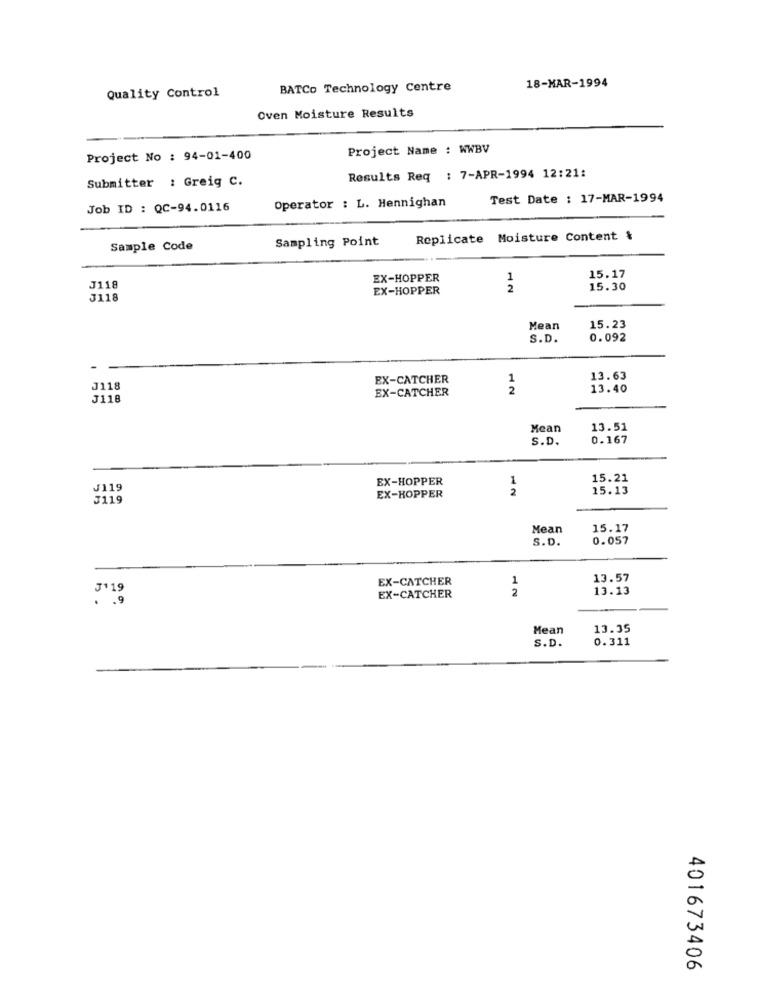
Quality Control
BATCo Technology Centre
18-MAR-1994
Oven Moisture Results
Project Name : WWBV
Project No : 94-01-400
Submitter : Greig C.
Results Req : 7-APR-1994 12:21:
Operator : L. Hennighan
Test Date : 17-MAR-1994
Job ID : QC-94.0116
Sampling Point
Replicate Moisture Content &
Sample Code
EX-HOPPER
1
15.17
J118
EX-HOPPER
2
15.30
J118
Mean
15.23
S.D.
0.092
EX-CATCHER
1
13.63
J118
2
13.40
J118
EX-CATCHER
Mean
13.51
S.D.
0.167
EX-HOPPER
1
15.21
J119
2
15.13
J119
EX-KOPPER
Mean
15.17
S.D.
0.057
EX-CATCHER
1
13.57
J'19
2
13.13
EX-CATCHER
Mean
13.35
S.D.
0.311
401673406